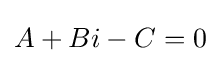
A+Bi-C=0